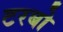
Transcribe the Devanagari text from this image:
टरबो